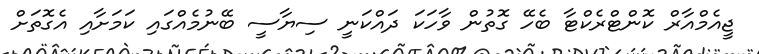
ޖީއެމްއާރް ކޮންޓްރެކްޓާ ބެހޭ ގޮތުން ވާހަކަ ދައްކަނީ ސިޔާސީ ބޭނުމެއްގައި ކަމަށާއި އެގޮތަށް